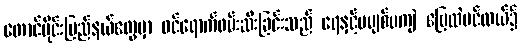
တောင်ပိုင်းပြည်နယ်တွေမှာ ဝင်ရောက်ဖမ်းဆီးခြင်းသည် ရေနှင့်မပျစ်မကျဲ မြေထဲပင်လယ်၌